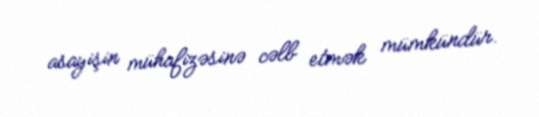
asayişin mühafizəsinə cəlb etmək mümkündür.